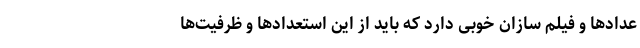
عدادها و فیلم سازان خوبی دارد که باید از این استعدادها و ظرفیت‌ها